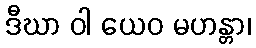
ဒီဃာ ဝါ ယေဝ မဟန္တာ၊